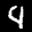
Label: 4